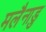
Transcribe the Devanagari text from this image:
मलैनाडु